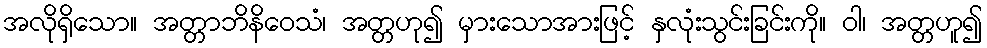
အလိုရှိသော။ အတ္တာဘိနိဝေသံ၊ အတ္တဟု၍ မှားသောအားဖြင့် နှလုံးသွင်းခြင်းကို။ ဝါ၊ အတ္တဟူ၍